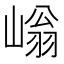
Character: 𡻐